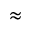
\approx